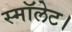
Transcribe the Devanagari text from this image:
स्मॉलेट।